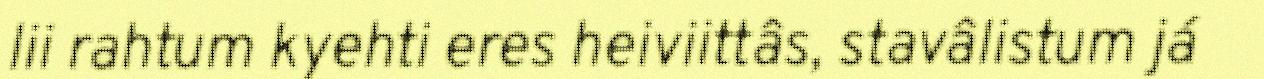
lii rahtum kyehti eres heiviittâs, stavâlistum já